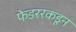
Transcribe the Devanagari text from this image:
फेडररकडून